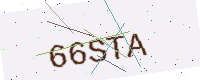
Text: 66STA